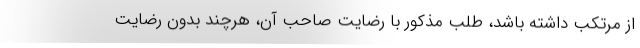
از مرتکب داشته باشد، طلب مذکور با رضایت صاحب آن، هرچند بدون رضایت